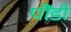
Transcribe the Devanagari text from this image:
पौंडी